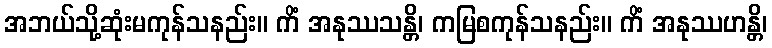
အဘယ်သို့ဆုံးမကုန်သနည်း။ ကိံ အနုဿသန္တိ၊ ကမြစကုန်သနည်း။ ကိံ အနုဿဟန္တိ၊